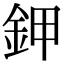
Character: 鉀